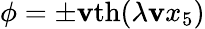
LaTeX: \phi=\pm\mathbf{v}\mathrm{{th}}(\lambda\mathbf{v}x_{5})